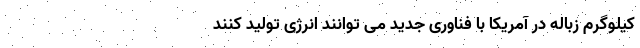
کیلوگرم زباله در آمریکا با فناوری جدید می توانند انرژی تولید کنند